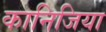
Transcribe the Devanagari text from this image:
कानिजिया